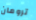
ترومان